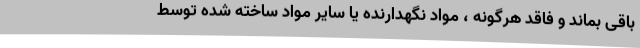
باقی بماند و فاقد هرگونه ، مواد نگهدارنده یا سایر مواد ساخته شده توسط